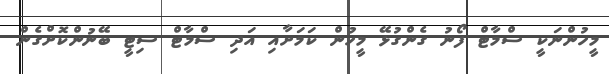
މީހުންނަކީ ސްމާޓް ފޯނު ގެންގުޅޭ މީހުން ކަމަށާއި އަދި ސްމާޓް ސިޓީ ބޭނުންކޮށްގެން